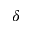
\delta